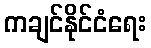
ကချင်နိုင်ငံရေး